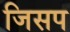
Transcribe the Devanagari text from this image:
जिसप